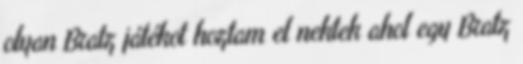
olyan Bratz játékot hoztam el nektek ahol egy Bratz